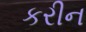
કરીન